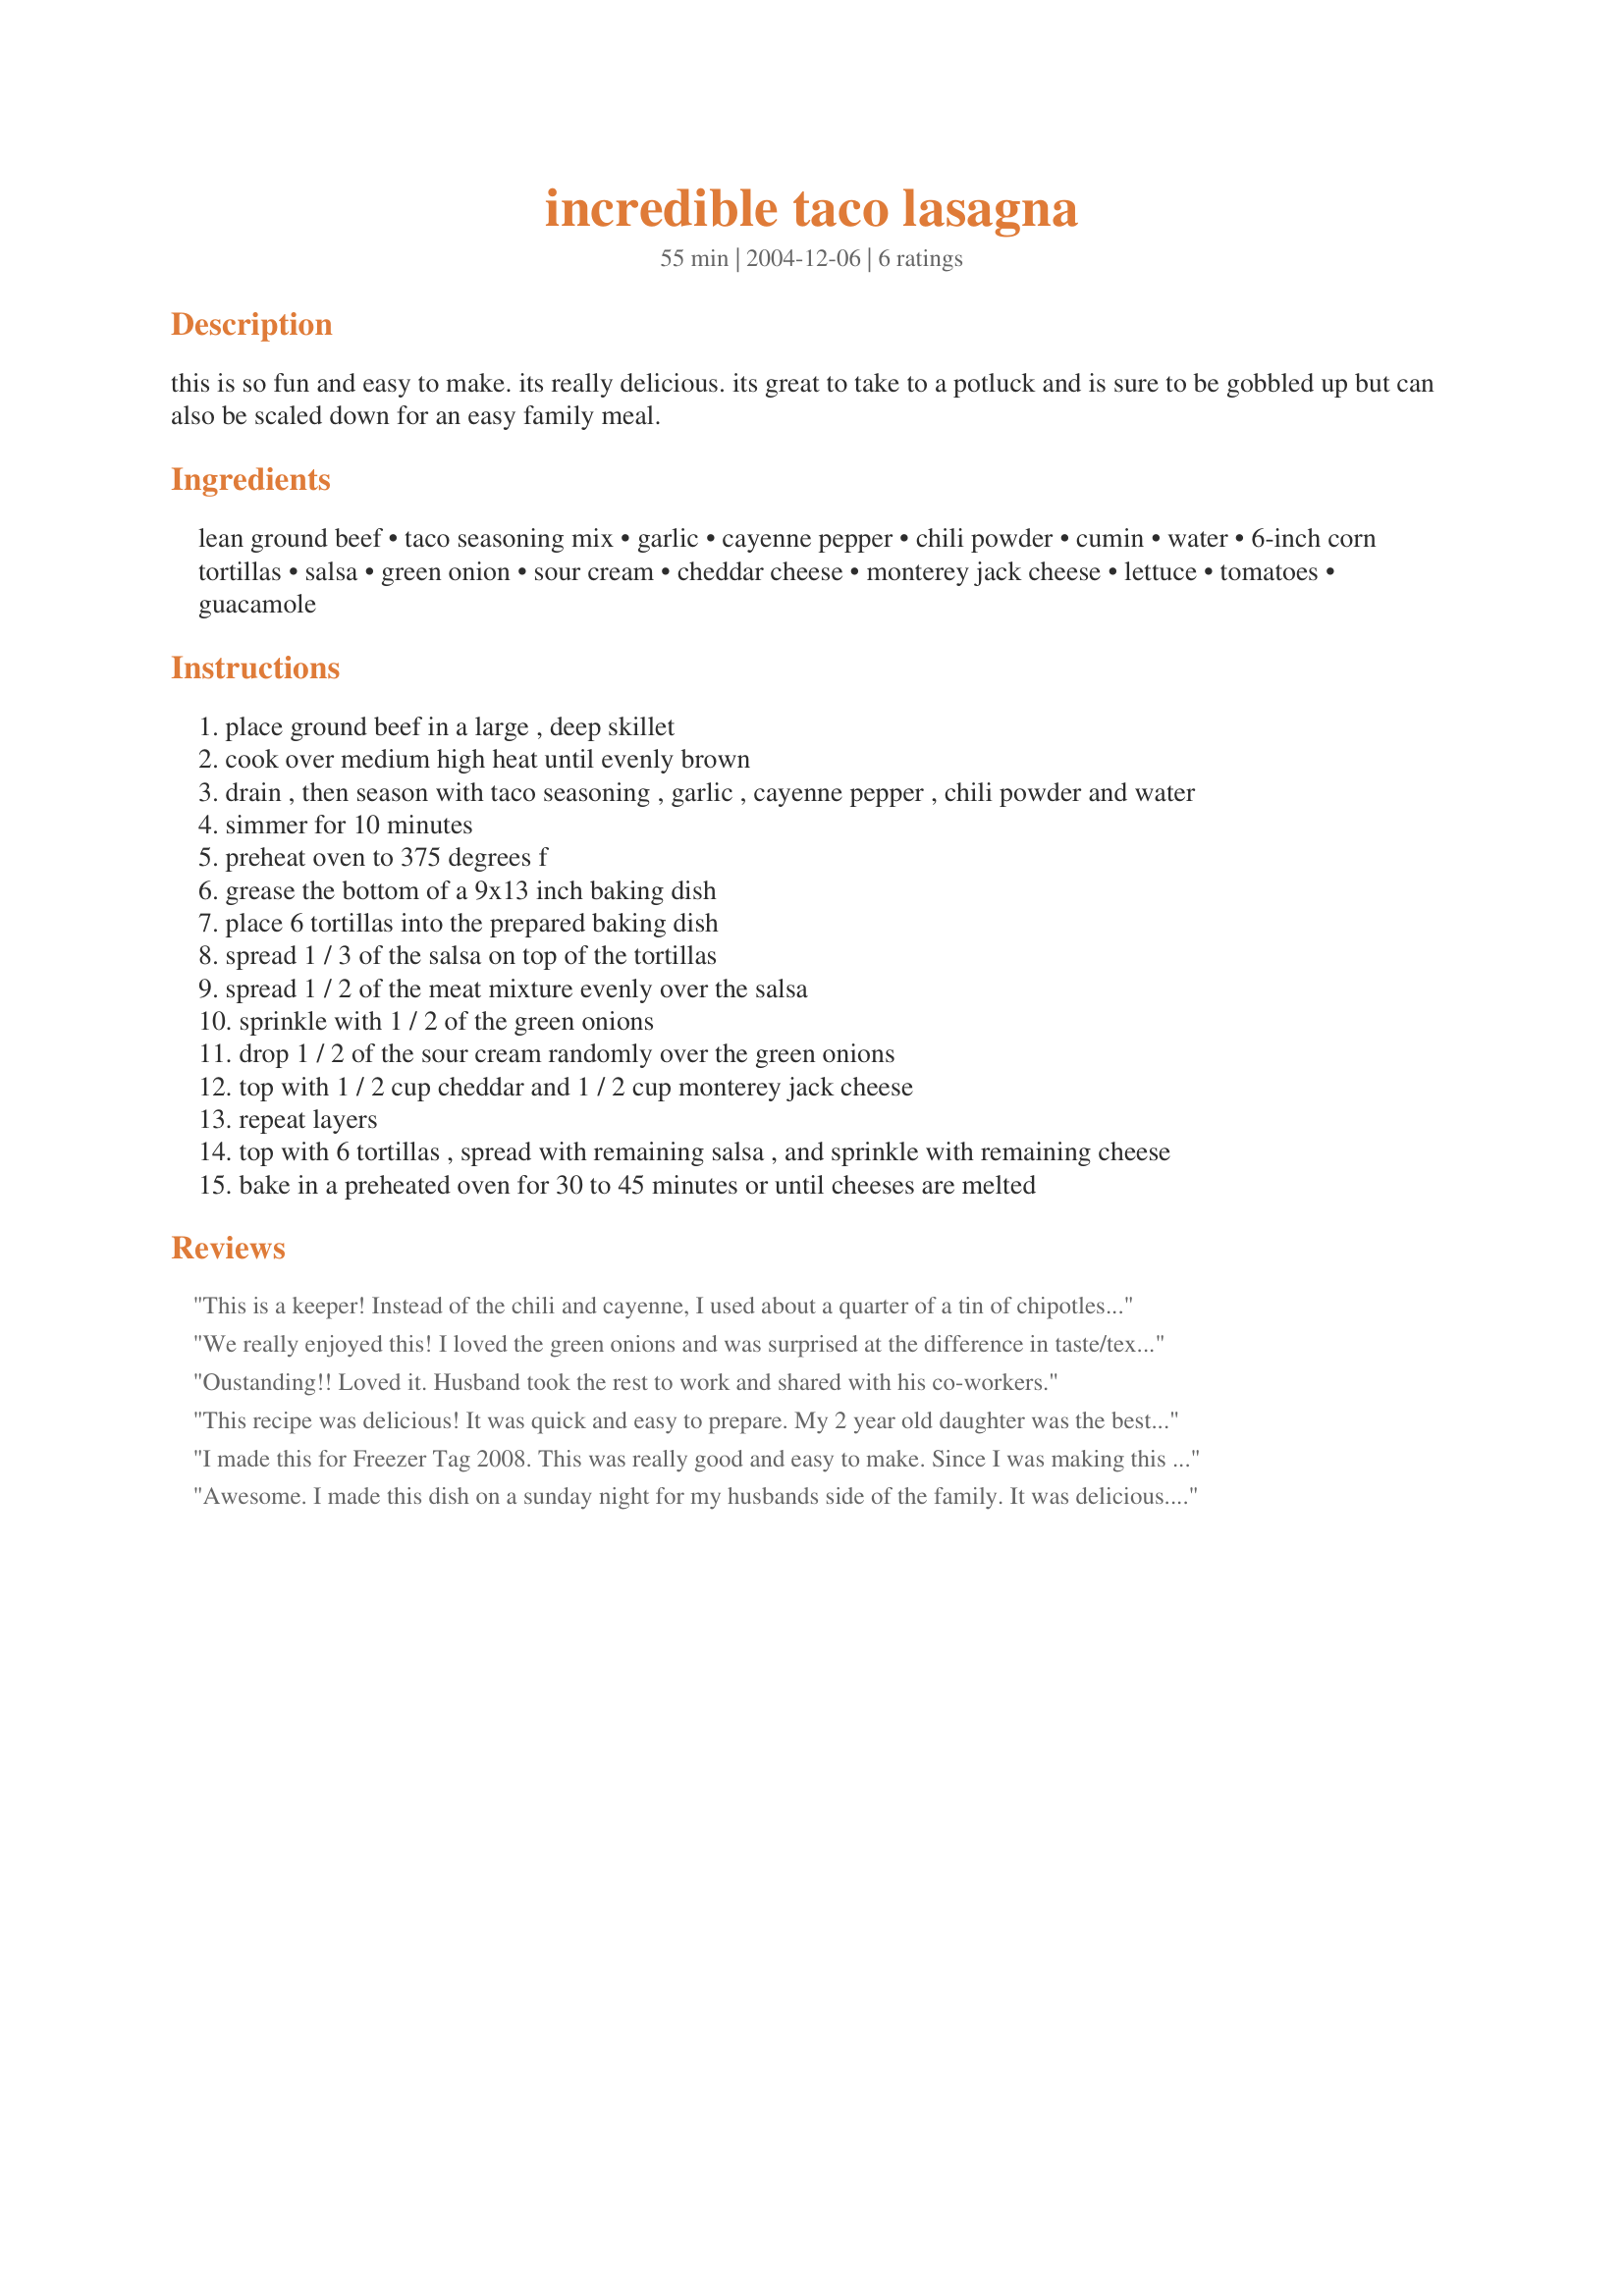
incredible taco lasagna
Preparation time: 55 minutes

this is so fun and easy to make. its really delicious. its great to take to a potluck and is sure to be gobbled up but can also be scaled down for an easy family meal.

Ingredients:
lean ground beef, taco seasoning mix, garlic, cayenne pepper, chili powder, cumin, water, 6-inch corn tortillas, salsa, green onion, sour cream, cheddar cheese, monterey jack cheese, lettuce, tomatoes, guacamole

Steps:
place ground beef in a large , deep skillet
cook over medium high heat until evenly brown
drain , then season with taco seasoning , garlic , cayenne pepper , chili powder and water
simmer for 10 minutes
preheat oven to 375 degrees f
grease the bottom of a 9x13 inch baking dish
place 6 tortillas into the prepared baking dish
spread 1 / 3 of the salsa on top of the tortillas
spread 1 / 2 of the meat mixture evenly over the salsa
sprinkle with 1 / 2 of the green onions
drop 1 / 2 of the sour cream randomly over the green onions
top with 1 / 2 cup cheddar and 1 / 2 cup monterey jack cheese
repeat layers
top with 6 tortillas , spread with remaining salsa , and sprinkle with remaining cheese
bake in a preheated oven for 30 to 45 minutes or until cheeses are melted

Reviews:
This is a keeper! Instead of the chili and cayenne, I used about a quarter of a tin of chipotles in adobo sauce. I also spread refried beans on the tacos. Instead of packaged taco seasoning, I used Bulk Taco Seasoning Mix Recipe (recipe 4292) with reduced salt. Yum yum yum yum yum!
We really enjoyed this! I loved the green onions and was surprised at the difference in taste/texture that it gave over typical white onions. I used one pound of turkey and one of hamburger and realized too late that I only had one pack of taco seasoning so I used it and just increased the other seasonings slightly. My husband asked me to pack up the leftovers so he could share with a friend at work (and he never eats leftovers, so this is a huge compliment)!
Oustanding!! Loved it. Husband took the rest to work and shared with his co-workers.
This recipe was delicious! It was quick and easy to prepare. My 2 year old daughter was the best judge because she repeatedly stated, "MMMMMMMMMMM". Thank you for sharing.
I made this for Freezer Tag 2008. This was really good and easy to make. Since I was making this for freezer tag, I followed the instructions up to step 14. After that I wrapped and froze. I pulled this early in the am and let thaw then continued with step 15. I did add another 1/2 cup of water before placing it in the oven. I followed the recipe as written other then I didn't add the cayenne pepper or the green onions as my family doesn't like things too spicy nor are they crazy about onions. I cooked this for 30 minutes. We added sour cream, lettuce and tomatoes. It was like eating a taco salad.
Awesome. I made this dish on a sunday night for my husbands side of the family. It was delicious. Everyone commented that it tasted just like the local Mexican restaurants food. There were NO leftovers, and they wanted the reciped!! We will definately make it again!
